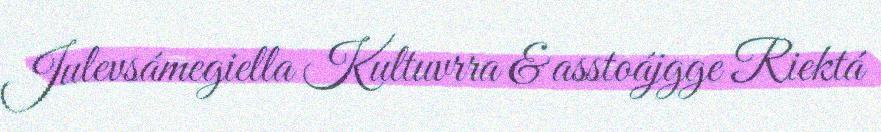
Julevsámegiella Kultuvrra & asstoájgge Riektá